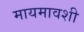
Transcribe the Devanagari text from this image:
मायमावशी